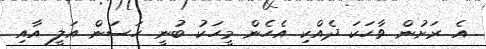
އެ ރަށުން ވާހަކަ ދެއްކި އެހެން މީހަކު ބުނީ ހަސަން އަލީ އާއި